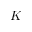
\boldsymbol { K }